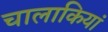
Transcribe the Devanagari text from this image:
चालाकियां